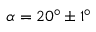
\alpha = 2 0 ^ { \circ } \pm 1 ^ { \circ }